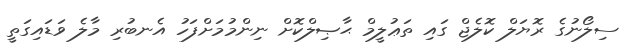
ސިލޯނުގެ ރޮޔަލް ކޮލެޖް ގައި ތަޢުލީމް ޙާޞިލްކޮށް ނިންމުމަށްފަހު އެނބުރި މާލެ ވަޑައިގަތީ